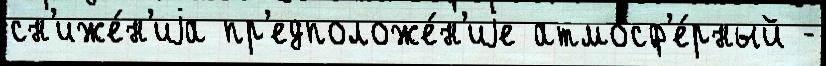
сн'иже́н'иjа пр'едположе́н'иjе атмосф'е́рный -